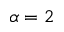
\alpha = 2